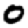
Digit: 0